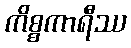
ကိစ္စကာရီဿ